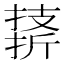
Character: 𪮣